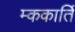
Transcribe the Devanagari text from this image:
म्ककार्ति